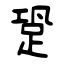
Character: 跫